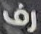
رف